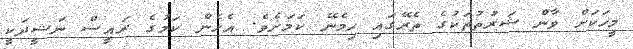
މީހަކަށް ވާން ޝަރުތުތަކުގެ ތެރޭގައި ހިމެނޭ ކަމަަށެވެ. އެހެން ކަމުގެ ރައީސް ނަޝީދަކީ